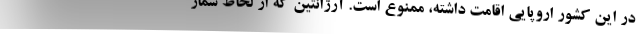
در این کشور اروپایی اقامت داشته، ممنوع است. آرژانتین که از لحاظ شمار